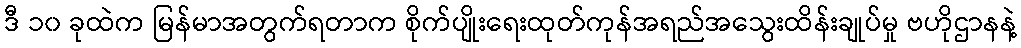
ဒီ ၁၀ ခုထဲက မြန်မာအတွက်ရတာက စိုက်ပျိုးရေးထုတ်ကုန်အရည်အသွေးထိန်းချုပ်မှု ဗဟိုဌာနနဲ့